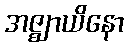
အဇ္ဈာယိနော